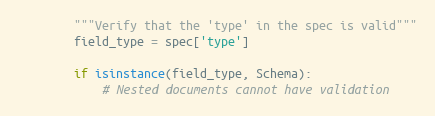
Language: Python
        """Verify that the 'type' in the spec is valid"""
        field_type = spec['type']

        if isinstance(field_type, Schema):
            # Nested documents cannot have validation